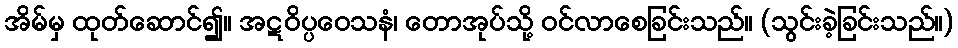
အိမ်မှ ထုတ်ဆောင်၍။ အဋဝိပ္ပဝေသနံ၊ တောအုပ်သို့ ဝင်လာစေခြင်းသည်။ (သွင်းခဲ့ခြင်းသည်။)